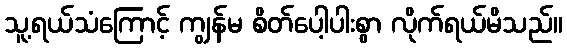
သူ့ရယ်သံကြောင့် ကျွန်မ စိတ်ပေါ့ပါးစွာ လိုက်ရယ်မိသည်။